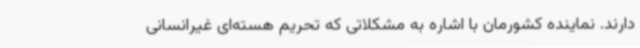
دارند. نماینده کشورمان با اشاره به مشکلاتی که تحریم هسته‌ای غیرانسانی